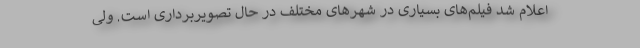
اعلام شد فیلم‌های بسیاری در شهرهای مختلف در حال تصویربرداری است. ولی